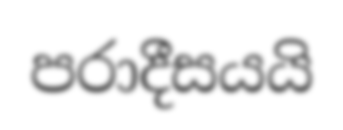
පරාදීසයයි